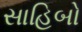
સાહિબો